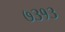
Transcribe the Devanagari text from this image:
७३१३